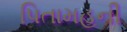
પિતામહની